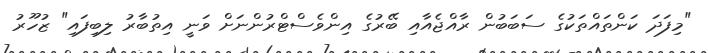
"މިފަދަ ކަންތައްތަކުގެ ސަބަބުން ރާއްޖެއާއި ބޭރުގެ އިންވެސްޓްރުންނަށް ވަނީ އިތުބާރު ލިބިފައި" ޒުހޫރު